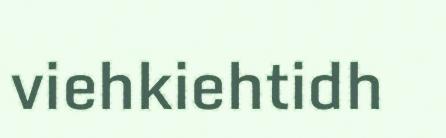
viehkiehtidh